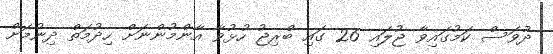
ދުވަސް ކަމުގައިވާ ޖުލައި 26 ގައި ބްރިޖު ހުޅުވާ އާންމުންނަށް ހިދުމަތް ދިނުމަށް